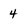
Character: 4